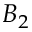
B _ { 2 }